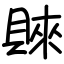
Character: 𧶛